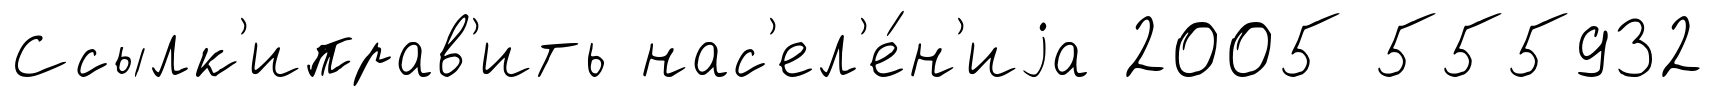
Ссылк'иправ'ить нас'ел'е́н'иjа 2005 555932